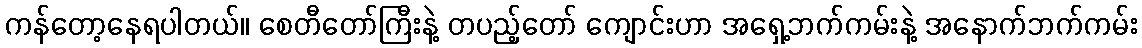
ကန်တော့နေရပါတယ်။ စေတီတော်ကြီးနဲ့ တပည့်တော် ကျောင်းဟာ အရှေ့ဘက်ကမ်းနဲ့ အနောက်ဘက်ကမ်း